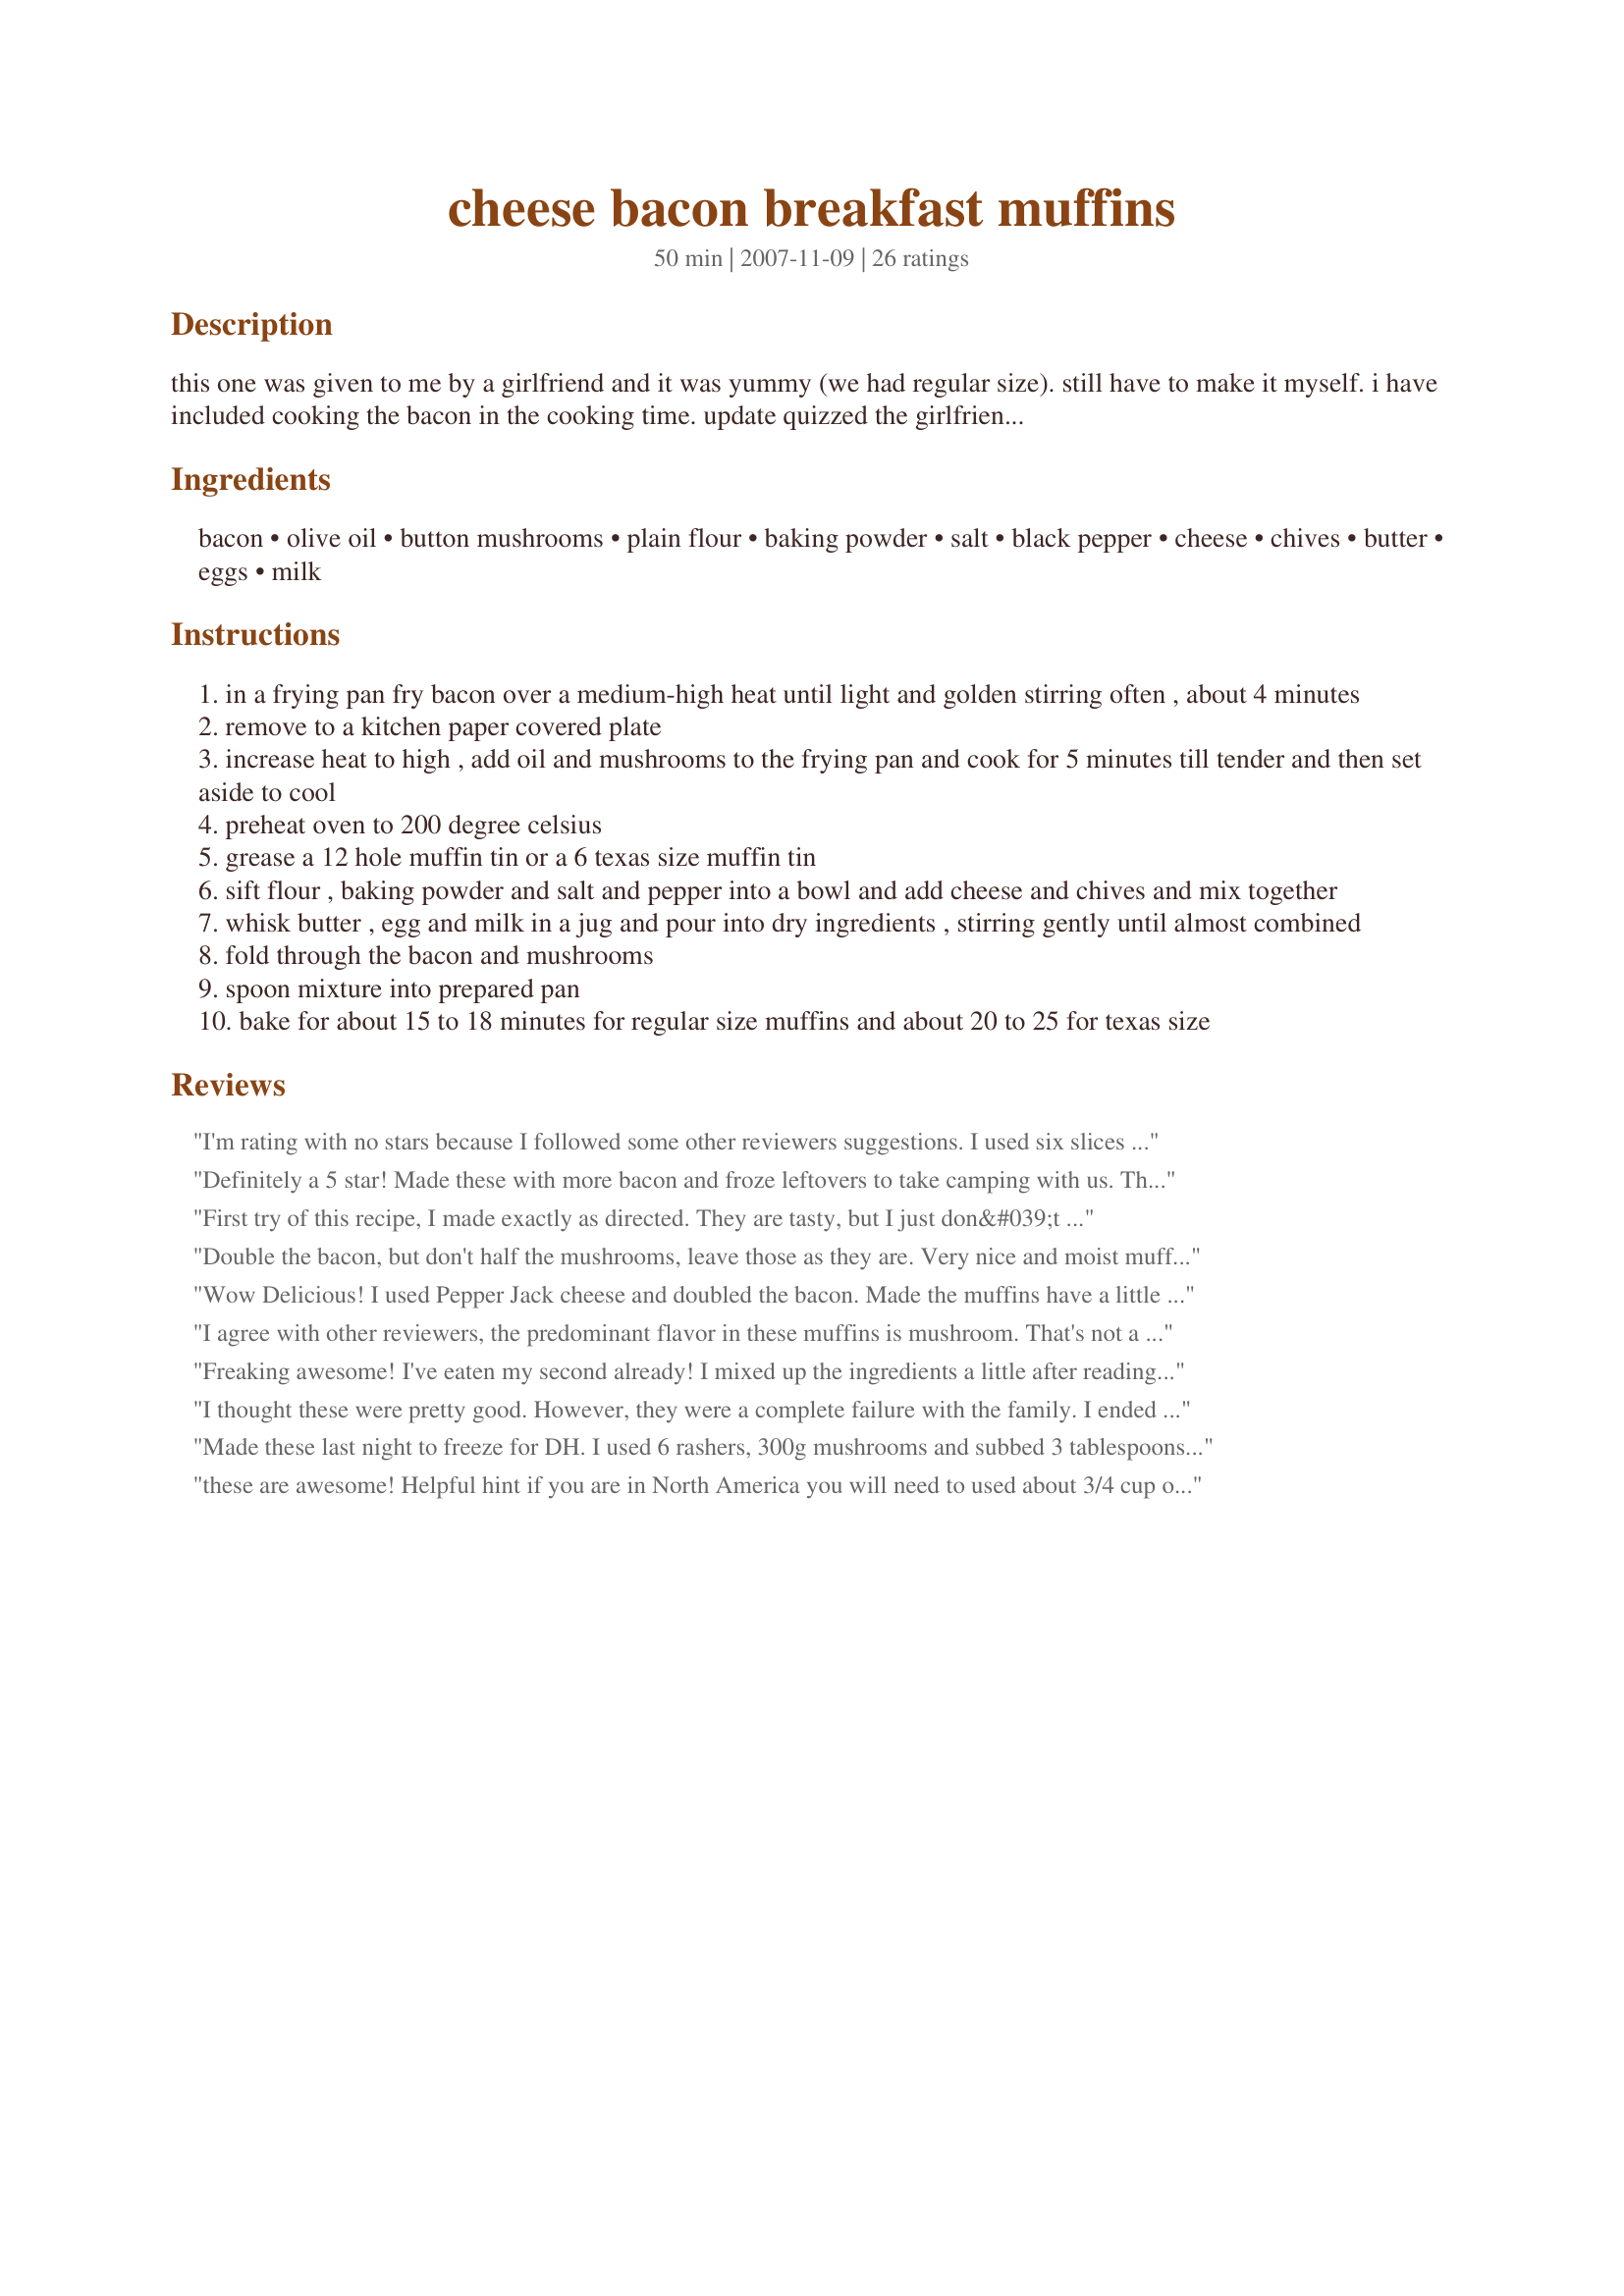
cheese bacon breakfast muffins
Preparation time: 50 minutes

this one was given to me by a girlfriend and it was yummy (we had regular size). still have to make it myself. i have included cooking the bacon in the cooking time. update quizzed the girlfriend, she gave the recipe as is not as she does - so o'kay the difference is she used 6 slices of short rindless bacon (which is basically just the bacon meat only - no fat), therefore yes you would need the oil, she felt that way was healthier than the bacon fat.

Ingredients:
bacon, olive oil, button mushrooms, plain flour, baking powder, salt, black pepper, cheese, chives, butter, eggs, milk

Steps:
in a frying pan fry bacon over a medium-high heat until light and golden stirring often , about 4 minutes
remove to a kitchen paper covered plate
increase heat to high , add oil and mushrooms to the frying pan and cook for 5 minutes till tender and then set aside to cool
preheat oven to 200 degree celsius
grease a 12 hole muffin tin or a 6 texas size muffin tin
sift flour , baking powder and salt and pepper into a bowl and add cheese and chives and mix together
whisk butter , egg and milk in a jug and pour into dry ingredients , stirring gently until almost combined
fold through the bacon and mushrooms
spoon mixture into prepared pan
bake for about 15 to 18 minutes for regular size muffins and about 20 to 25 for texas size

Reviews:
I'm rating with no stars because I followed some other reviewers suggestions. I used six slices of bacon. Also, being the good southern girl that I am used some of the left over bacon grease instead of olive oil. These really turned out well. Nice savory muffins.
Definitely a 5 star! Made these with more bacon and froze leftovers to take camping with us. Thank you I'mPat for sharing.
First try of this recipe, I made exactly as directed. They are tasty, but I just don&#039;t feel the mushrooms fit. My husband said the same thing, and we both love mushrooms. I will make again and try doubling the bacon but leaving the mushrooms out. I plan to freeze these - great for those mornings when I&#039;m in a hurry and need to eat in the car!
Double the bacon, but don't half the mushrooms, leave those as they are. Very nice and moist muffins.
Wow Delicious! I used Pepper Jack cheese and doubled the bacon. Made the muffins have a little kick. These muffins were awesome! Thanks so much ; )
I agree with other reviewers, the predominant flavor in these muffins is mushroom. That's not a bad thing, I was just expecting more of a bacon flavor. I did double the bacon as others suggested. Next time I will slice up some green onions and saute those with the mushrooms instead of using the milder tasting chive. These are very filling....one muffin was plenty for me for breakfast. I plan on freezing the others for a quick breakfast before work. Thanks for sharing! Made for Market tag.
Freaking awesome! I've eaten my second already! I mixed up the ingredients a little after reading other reviews. I added 6 slices bacon instead of 3 and halved the mushrooms (though I love that the flavour still came through a lot). Because my family are a bunch of cheese lovers I think I doubled that too. Even though I'm Canadian I was lost at 80gms of butter (too used to American recipes I guess lol), but I guessed it to be about 1/2 cup and it turned out so I guess I was at least close! I used green onions instead of chives cause my garden ate my chives this year. I also made a mini muffin batch (baked about 14 mins). Love these! I'll be making them lots and I bet if I can keep my paws off them they'll freeze great for quick breakfasts too!
EDIT: I threw some of these in the freezer and they re-heated great! My daughter and I had a great breakfast that was super quick to make! Just a couple mins in the nuker! Thanks for another OAMC recipe. I'm making a quad batch now!
I thought these were pretty good. However, they were a complete failure with the family. I ended up throwing half of them away. Perhaps my family just doesn&#039;t like a savoy muffin. Oh well.
Made these last night to freeze for DH. I used 6 rashers, 300g mushrooms and subbed 3 tablespoons of the flour for wheatgerm. Also added a dash of paprika and more chives. These muffins were tasty, however next time I would add more cheese as per the last reviewer. A quick and easy breakfast standby. Made for Recipe swap #22
these are awesome! Helpful hint if you are in North America you will need to used about 3/4 cup of Back Bacon rind removed or 3 thin slices of ham - fried. Australian bacon is meaty NOT fatty at all like North American bacon. This is why oil is added and you are experiencing mushroom muffins.
Doubled the bacon, used green onions, and previously sliced mushrooms. Cooked mushrooms (half of the amount) in bacon grease along with bacon. Kept everything pretty chunky because I like to chew my muffin. Worked out great, so I'm bringing them to work tomorrow to share. I know they'll be gone... I'm already on my second one.
These were awsome. Reminds me of a johnny cake only without cornmeal. Love the flavors together. Made as directed but used about 1/4 cup of real bacon pieces and omitted the cooking the bacon step.
Interesting recipe! I made this for a friend of mine, and was told they're great! I doubled the bacon per the previous reviewer's suggestion, but otherwise made as indicated. Thanks, Pat! Made for Top Favourites of 2009 Tag.
These muffins are very good, but the title is misleading. They really should be called Mushroom and bacon breakfast muffins, because the mushrooms are predominant.

That said, the recipe was easy, the muffins rose and cooked well, and they taste good. I didn't have any chives, and I really think they would add something to the recipe. Or I may add a little dill next time I make these.

I used 1 cup whole wheat flour and 1/2 cup plain flour. Also, there's a lot of juice left after cooking the mushrooms, so I just drained that off.
These are good!! I left out the mushrooms and used sharp cheddar sheese. Like most, I doubled the bacon. They are a great thing to have for my DH to throw in his lunch and take to work...beats him having cookies and milk for breakfast!! Made for Fall 2009 PAC.
I made a half recipe for 6 muffins. I noticed in the reviews that many folks doubled the bacon but couldn&#039;t bring myself to do that since they are already 55% fat (even though DH would have been liking it). Used all egg whites instead of whole eggs and skim milk and had excellent results. Simply delicious.
We enjoyed these for breakfast this morning. The mushroom flavor really dominated these. I'll add more bacon next time. Used only the meat portion of the bacon. Omitted the oil all together. Loved the flavor the chives gave this. We used a sharp cheddar cheese. Texture was perfect. thanks. Made for SSC Pet Parade.
Great texture and pretty good flavor. Maybe throw another 1/2 of cheese and a bit more salt.
These are great straight out of the oven. I think the other reviews are right, double the bacon! Then again for me I could quadruple it and still not have enough :) Thanks Pat! Made for Potluck Tag.
These are scrumptious! I halved the recipe and made 12 mini muffins. I wish I'd made the whole batch and frozen the leftovers, I bet they'd work really well as an OAMC breakfast. 
I did cut back a bit on the mushrooms, using about 4 ounces for a half batch. I did NOT use the olive oil, as there was plenty of bacon grease left to cook the mushrooms. Since I only had green onions, not chives, I did toss them in the pan with the mushrooms during the last minute or so of cooking. 
I will absolutely make these again, they are fantastic!
easy recipe, came together well, Used Mersey Valley cheese, and about 300gr mushrooms.<br/>very tasty . will definately make these again! thanks Pat
These are great! And an easy way to eat "breakfast on the run." I added an extra strip of bacon and a small amount of sauteed onions. And based on some reviewers' comments, I only used half the amount of mushrooms. The muffins turned out a little dry, but I'm rating them 5 stars because I didn't follow the recipe and add the full amount of mushrooms -- they would have been much moister if I had. I made two batches of these -- one for today and one for the freezer. Thanks, Pat, for posting this terrific recipe!
what goes the g mean in the receipe, should all measurements be in the same style?
We thoroughly enjoyed these for this morning's breakast. I used sliced mushrooms as that's what I had on hand and grated tasty cheese. I only ever use the meat part of the bacon, but cooked the full rasher, then removed the fat (that goes into my cat's dinner bowl tonight). I love bacon but don't eat it often, so wanted the extra flavour that cooking the mushrooms in the bacon fat brings. Well that's my rationale! My only addition was half a finely chopped onion which I sauteed for about a minute before adding the mushroom slices to the pan. The muffins we didn't eat this morning, we'll reheat before eating. Of course they could be eaten at room temperature, but they are just SO delicious warm: a super recipe, Pat!
These are awesome! I made them for my boyfriend few months ago with corn instead of mushrooms and he loved them, and so did I. He&#039;s been asking me to make them again so I will soon. Thanks for the recipe!
These were a nice little savory muffin. I think they would be better with more bacon and less mushrooms. Loved the chives and maybe would increase the amount of those too. We served these with over easy eggs. Yum!
